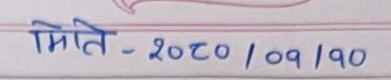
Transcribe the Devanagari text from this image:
मिति - 2020 / 09 / 10